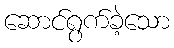
ဆောင်ရွက်ခဲ့သော